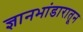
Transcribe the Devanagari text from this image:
ज्ञानभांडारातून